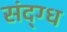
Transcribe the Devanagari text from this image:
संद्ग्ध